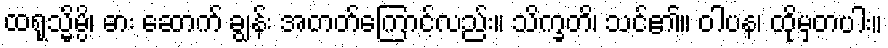
ထရုသ္မိမ္ပိ၊ ဓား ဆောက် ချွန်း အတတ်ကြောင့်လည်း။ သိက္ခတိ၊ သင်၏။ ဝါပန၊ ထိုမှတပါး။